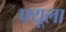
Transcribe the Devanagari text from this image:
फ्यूला